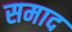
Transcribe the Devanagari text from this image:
समाद